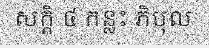
សក្តិ ៤ កន្លះ ភិបុល